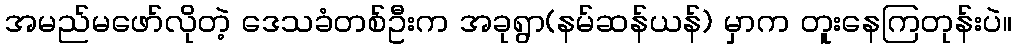
အမည်မဖော်လိုတဲ့ ဒေသခံတစ်ဦးက အခုရွာ(နမ်ဆန်ယန်) မှာက တူးနေကြတုန်းပဲ။